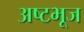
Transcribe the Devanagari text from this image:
अष्टभूज